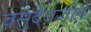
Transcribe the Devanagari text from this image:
वसुदेवजीने